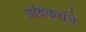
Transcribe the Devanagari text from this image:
बांदेकरांचे